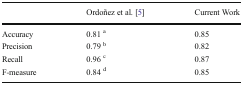
<table><thead><tr><td></td><td><b>Ordoñez et al. [5]</b></td><td><b>Current Work</b></td></tr></thead><tbody><tr><td>Accuracy</td><td>0.81 <sup>a</sup></td><td>0.85</td></tr><tr><td>Precision</td><td>0.79 <sup>b</sup></td><td>0.82</td></tr><tr><td>Recall</td><td>0.96 <sup>c</sup></td><td>0.87</td></tr><tr><td>F-measure</td><td>0.84 <sup>d</sup></td><td>0.85</td></tr></tbody></table>